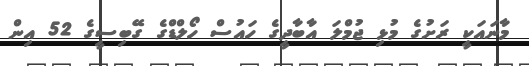
މާނައަކީ ރަށުގެ މުޅި ޖުމްލަ އާބާދީގެ ހައުސް ހޯލްޑްގެ ގޭބިސީގެ 52 އިން